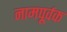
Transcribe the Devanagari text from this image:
नामपूर्वक